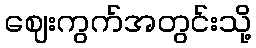
ဈေးကွက်အတွင်းသို့